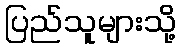
ပြည်သူများသို့